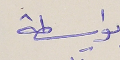
بواسطة